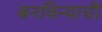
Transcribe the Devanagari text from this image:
बनविन्याची